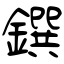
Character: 鐉